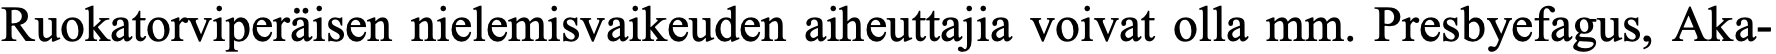
Ruokatorviperäisen nielemisvaikeuden aiheuttajia voivat olla mm. Presbyefagus, Aka-